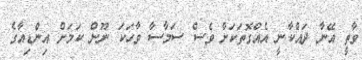
ވާތީ އޭނާ ދައްކާނީ އެއްގޮތަކަށް ވެސް ސަމާސާ ވާހަކަ ނޫން ކަމަށް އިންޑިއާގެ